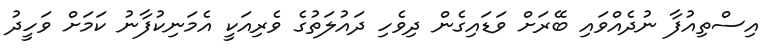
އިސްތިއުފާ ނުދެއްވައި ބޭރަށް ވަޑައިގެން ދިވެހި ދައުލަތުގެ ވެރިއަކީ އެމަނިކުފާނު ކަމަށް ވަހީދު